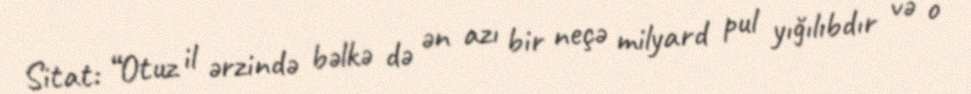
Sitat: “Otuz il ərzində bəlkə də ən azı bir neçə milyard pul yığılıbdır və o